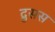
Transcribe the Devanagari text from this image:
द्रुसस